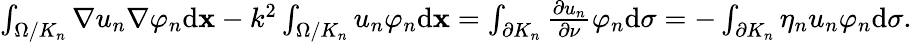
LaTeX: \begin{array}{r}{\int_{\Omega/{K_{n}}}{\nabla{u_{n}}\nabla{\varphi_{n}}\mathrm d\mathbf x-{k^{2}}}\int_{\Omega/{K_{n}}}{{u_{n}}{\varphi_{n}}}\mathrm d\mathbf x=\int_{\partial{K_{n}}}{{\frac{\partial u_{n}}{\partial\nu}}}{\varphi_{n}}\mathrm d\sigma=-\int_{\partial{K_{n}}}\eta_{n}{u_{n}}{\varphi_{n}}{\mathrm{d}}{\sigma}.}\end{array}